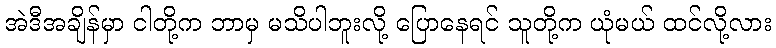
အဲဒီအချိန်မှာ ငါတို့က ဘာမှ မသိပါဘူးလို့ ပြောနေရင် သူတို့က ယုံမယ် ထင်လို့လား